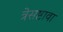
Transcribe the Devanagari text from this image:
त्रेसष्टावा